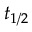
t _ { 1 / 2 }